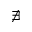
\nexists